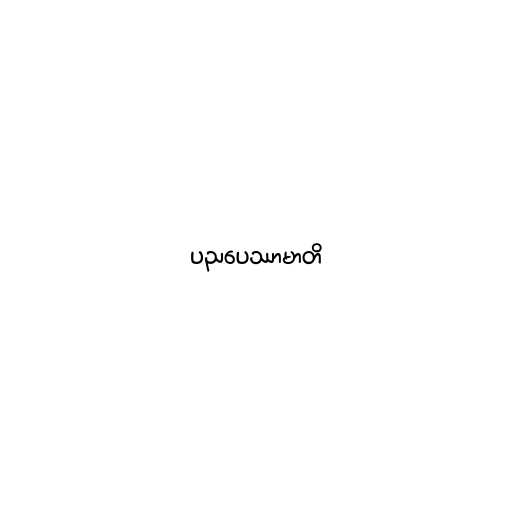
ပညပေဿာမာတိ